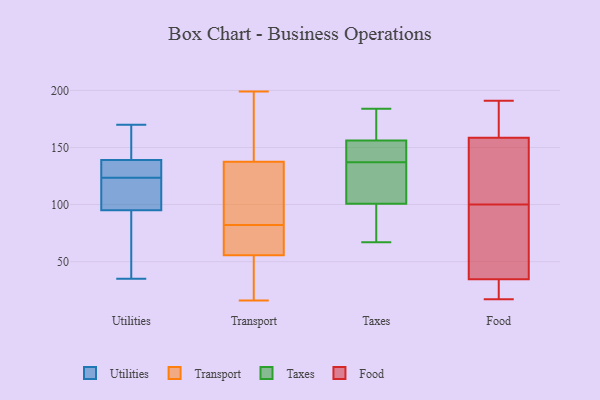
{"axis": {"x": "Page Views", "y": "Value"}, "legend": ["Food", "Taxes", "Transport", "Utilities"], "data": [{"x": "", "y": 112, "type": "Utilities"}, {"x": "", "y": 125, "type": "Utilities"}, {"x": "", "y": 133, "type": "Utilities"}, {"x": "", "y": 145, "type": "Utilities"}, {"x": "", "y": 107, "type": "Utilities"}, {"x": "", "y": 170, "type": "Utilities"}, {"x": "", "y": 95, "type": "Utilities"}, {"x": "", "y": 128, "type": "Utilities"}, {"x": "", "y": 77, "type": "Utilities"}, {"x": "", "y": 35, "type": "Utilities"}, {"x": "", "y": 91, "type": "Utilities"}, {"x": "", "y": 151, "type": "Utilities"}, {"x": "", "y": 139, "type": "Utilities"}, {"x": "", "y": 122, "type": "Utilities"}, {"x": "", "y": 45, "type": "Utilities"}, {"x": "", "y": 144, "type": "Utilities"}, {"x": "", "y": 132, "type": "Utilities"}, {"x": "", "y": 105, "type": "Utilities"}, {"x": "", "y": 56, "type": "Transport"}, {"x": "", "y": 60, "type": "Transport"}, {"x": "", "y": 86, "type": "Transport"}, {"x": "", "y": 192, "type": "Transport"}, {"x": "", "y": 54, "type": "Transport"}, {"x": "", "y": 51, "type": "Transport"}, {"x": "", "y": 57, "type": "Transport"}, {"x": "", "y": 169, "type": "Transport"}, {"x": "", "y": 107, "type": "Transport"}, {"x": "", "y": 160, "type": "Transport"}, {"x": "", "y": 55, "type": "Transport"}, {"x": "", "y": 16, "type": "Transport"}, {"x": "", "y": 86, "type": "Transport"}, {"x": "", "y": 142, "type": "Transport"}, {"x": "", "y": 78, "type": "Transport"}, {"x": "", "y": 101, "type": "Transport"}, {"x": "", "y": 133, "type": "Transport"}, {"x": "", "y": 60, "type": "Transport"}, {"x": "", "y": 21, "type": "Transport"}, {"x": "", "y": 199, "type": "Transport"}, {"x": "", "y": 174, "type": "Taxes"}, {"x": "", "y": 184, "type": "Taxes"}, {"x": "", "y": 116, "type": "Taxes"}, {"x": "", "y": 150, "type": "Taxes"}, {"x": "", "y": 88, "type": "Taxes"}, {"x": "", "y": 149, "type": "Taxes"}, {"x": "", "y": 69, "type": "Taxes"}, {"x": "", "y": 105, "type": "Taxes"}, {"x": "", "y": 137, "type": "Taxes"}, {"x": "", "y": 155, "type": "Taxes"}, {"x": "", "y": 160, "type": "Taxes"}, {"x": "", "y": 154, "type": "Taxes"}, {"x": "", "y": 78, "type": "Taxes"}, {"x": "", "y": 163, "type": "Taxes"}, {"x": "", "y": 110, "type": "Taxes"}, {"x": "", "y": 67, "type": "Taxes"}, {"x": "", "y": 117, "type": "Taxes"}, {"x": "", "y": 30, "type": "Food"}, {"x": "", "y": 17, "type": "Food"}, {"x": "", "y": 191, "type": "Food"}, {"x": "", "y": 161, "type": "Food"}, {"x": "", "y": 39, "type": "Food"}, {"x": "", "y": 117, "type": "Food"}, {"x": "", "y": 156, "type": "Food"}, {"x": "", "y": 23, "type": "Food"}, {"x": "", "y": 122, "type": "Food"}, {"x": "", "y": 66, "type": "Food"}, {"x": "", "y": 175, "type": "Food"}, {"x": "", "y": 83, "type": "Food"}]}